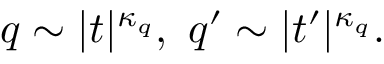
q \sim | t | ^ { \kappa _ { q } } , \ q ^ { \prime } \sim | t ^ { \prime } | ^ { \kappa _ { q } } .